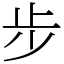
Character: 步